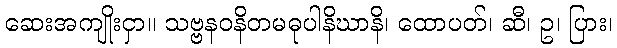
ဆေးအကျိုးငှာ။ သဗ္ဗနဝနိတမဓုပါနိဃာနိ၊ ထောပတ်၊ ဆီ၊ ဥ၊ ပြား၊